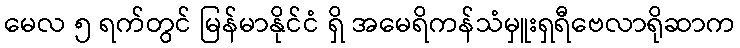
မေလ ၅ ရက်တွင် မြန်မာနိုင်ငံ ရှိ အမေရိကန်သံမှူးရှရီဗေလာရိုဆာက